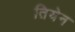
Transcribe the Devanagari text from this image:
तियेन